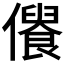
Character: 𠏾